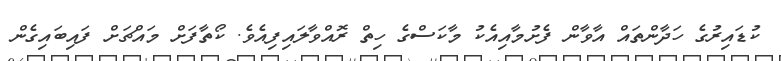
ކުޑައިރުގެ ހަދާންތައް އާވާން ފެށުމާއިއެކު މާކަސްގެ ހިތް ރޮއްވާލައިފިއެވެ. ކޯތާފަށް މައްޗަށް ފައިބައިގެން